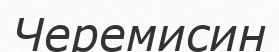
Черемисин